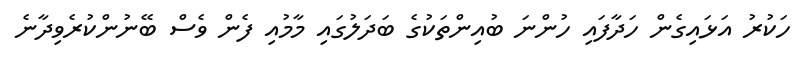
ހަކުރު އަޅައިގެން ހަދާފައި ހުންނަ ބުއިންތަކުގެ ބަދަލުގައި މާމުއި ފެން ވެސް ބޭނުންކުރެވިދާނެ